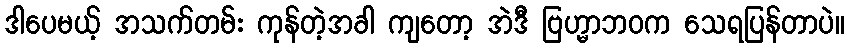
ဒါပေမယ့် အသက်တမ်း ကုန်တဲ့အခါ ကျတော့ အဲဒီ ဗြဟ္မာဘဝက သေရပြန်တာပဲ။